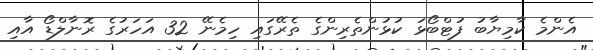
އެންމެ ކާމިޔާބު ފުޓްބޯޅަ ކުޅުންތެރިންގެ ތެރޭގައި ހިމެނޭ 32 އަހަރުގެ ރޮނާލްޑޯ އާއި